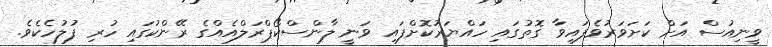
ވީނިއުސް އަށް ކަށަވަރުވެފައިވާ ގޮތުގައި ހައްޔަރުކޮށްފައި ވަނީ ލާންސްކޯޕްރަލްއެއްގެ ރޭންކުގައި ހުރި ފުލުހެކެވެ.